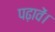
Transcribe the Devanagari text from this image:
पढ़ावें।